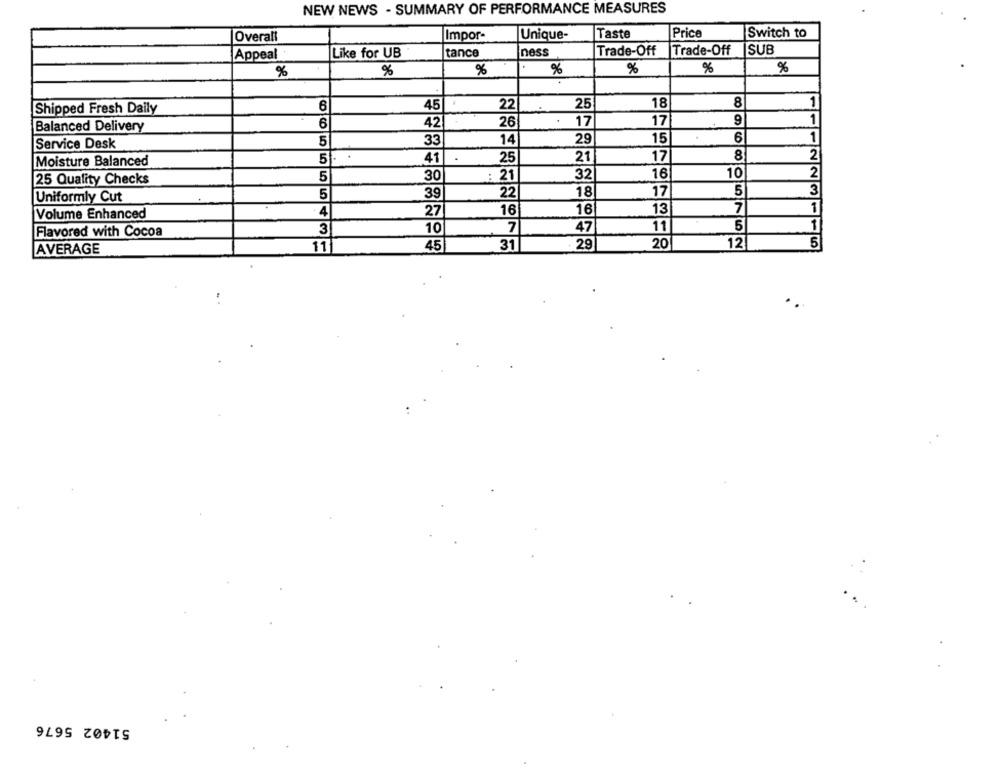
NEW NEWS - SUMMARY OF PERFORMANCE MEASURES
Overall
Impor-
Unique-
Taste
Price
Switch to
Like for UB
tance
ness
Trade-Off
Trade-Off
SUB
Appeal
%
%
%
%
%
%
%
Shipped Fresh Daily
6
45
22
25
18
8
1
6
42
26
17
17
1
Balanced Delivery
5
33
14
29
15
6
1
Service Desk
8
2
Moisture Balanced
5
41
.
25
21
17
5
30
: 21
32
16
10
2
25 Quality Checks
5
39
22
18
17
5
3
Uniformly Cut
16
7
1
Volume Enhanced
4
27
16
13
5
1
Flavored with Cocoa
3
10
7
47
11
11
45
31
29
20
12
5
AVERAGE
51402 5676